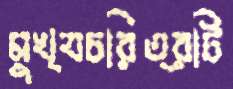
মুখ্যচরিত্রটি